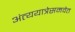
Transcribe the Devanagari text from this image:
अंत्ययात्रेसमवेत